Materia medica of Madras volume I
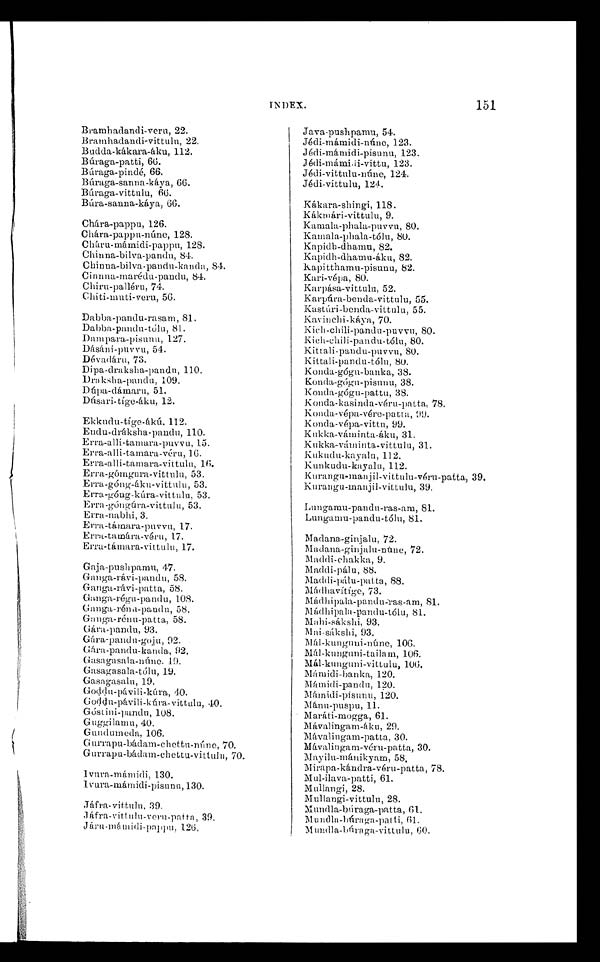
151
Bramhadandi-veru, 22.
Bramhadandi-vittulu, 22.
Budda-kákara-áku, 112.
Búraga-patti, 66.
Búraga-pindé, 66.
Búraga-sanna-káya, 66.
Búraga-vittulu, 66.
Búra-sanna-káya, 66.
Chára-pappu, 126.
Chára-pappu-núne, 128.
Cháru-mámidi-pappu, 128.
Chinna-bilva-pandu, 84.
Chinna-bilva-pandu-kanda, 84.
Cinnna-marédu-pandu, 84.
Chiru-palléru, 74.
Chiti-muti-veru, 56.
Dabba-pandu-rasam, 81.
Dabba-pandu-tólu, 81.
Dampara-pisunu, 127.
Dásáni-puvva, 54.
Dévadáru, 73.
Dipa- draksha-pandu, 110.
Draksha-pandu, 109.
Dúpa-dámaru, 51.
Dúsari-tíge-áku, 12.
Ekkudu-tíge-ákú. 112.
Endu-dráksha-pandu, 110.
Erra-alli-tamara-puvvu, 15.
Erra-alli-tamara-véru, 16.
Erra-alli-tamara-vittulu, 16.
Erra-gómgura-vittulu, 53.
Erra-góng-áku-vittulu, 53.
Erra-góng-kúra-vittulu, 53.
Erra-góngúra-vittulu, 53.
Erra-nabhi, 3.
Erra-támara-puvvu, 17.
Erra-tamára-véru,
17. Erra-támara-vittulu, 17.
Gaja-pushpamu, 47.
Ganga-rávi-pandu, 58.
Ganga-rávi-patta, 58.
Ganga-régu-pandu, 108.
Ganga-rénu-pandu, 58.
Ganga-rénu-patta, 58.
Gára-pandu, 93.
Gára-pandu-goju, 92.
Gára-pandu-kanda, 92.
Gasagasala-núne. 19.
Gasagasala-tólu, 19.
Gasagasalu, 19.
Goddu-pávili-kúra, 40.
Goddu-pávili-kúra-vittulu, 40.
Góstini-pandu, 108.
Guggilamu, 40.
Gundumeda, 106.
Gurrapu-bádam-chettu-núne, 70.
Gurrapu-bádam-chettu-vittulu, 70.
lvura-mámidi, 130.
Ivura-mámidi-pisunu,130.
Jáfra-vittulu, 39.
Jáfra-vittulu-veru-patta, 39.
Járu-mámidi-pappu. 126.
Java-pushpamu, 54.
Jédi-mámidi-núne, 123.
Jédi-mámidi-pisunu, 123.
Jédi-mámidi-vittu, 123.
Jédi-vittulu-núne, 124.
Jédi-vittulu, 124.
Kákara-shingi, 118.
Kákmári-vittulu, 9.
Kamala-phala-puvva, 80.
Kamala-phala-tólu, 80.
Kapidh-dhamu, 82.
Kapidh-dhamu-áku, 82.
kapitthamu-pisunu, 82.
Kari-vépa, 80.
Karpása-vittulu, 52.
Karpúra-benda-vittulu, 55.
Kastúri-benda-vittulu, 55.
Kavinchi-káya, 70.
Kich-chili-pandu-puvvu, 80.
Kich-chili-pandu-tólu, 80.
Kittali-pandu-puvvu, 80.
Kittali-pandu-tólu, 80.
Konda-gógu-banka, 38.
Konda-gógu-pisunu, 38.
Konda-gógu-pattu, 38.
Konda-kasinda-véru-patta, 78.
Konda-vépa-vére-patta, 99.
Konda-vépa-vittu,99.
Kukka-váminta-áku, 31.
Kukka-váminta-vittulu, 31.
Kukudu-kayaln, 112.
Kunkudu-kayalu, 112.
Kurangu-manjil-vittulu-véru-patta, 39.
Kurangu-manjil-vittulu, 39.
Lungamu-pandu-ras-am, 81.
Lungamu-pandu-tólu, 81.
Madana-ginjalu, 72.
Madana-ginjalu-núne, 72.
Maddi-chakka, 9.
Maddi-pálu, 88.
Maddi-pálu-patta, 88.
Mádhavítíge, 73.
Mádhipala-pandu-ras-am, 81.
Mádhipala-pandu-tólu, 81.
Mahi-sákshi, 93. Mai-sákshi, 93.
Mál-kunguni-núne, 106.
1á1-kunguni-tailam, 106.
Mál-kunguni-vittulu, 106.
Mámidi-banka, 120.
Mámidi-pandu, 120.
Mámidi-pisunu, 120.
Mánu-puspu, 11.
Maráti-mogga, 61.
Mávalingam-áku, 29.
Mávalingam-patta, 30.
Mávalingam-véru-patta, 30.
Mayilu-mánikyam, 58.
Mirapa-kándra-véru-patta, 78.
Mul-ilava-patti, 61.
Mullangi, 28.
Mullangi-vittulu, 28.
Mundla-búraga-patta, 61,
Mundla-búraga-patti, 61.
Mundla-búraga-vittulu, 60.